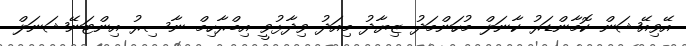
އޭވިއޭޝަން ކޮމާންޑަރު ކާނަލް މުހަންމަދު ޒިޔާދު މިއަދު ވިދާޅުވީ އިބްރާހިމް ނާސިރު އިންޓަނޭޝަނަލް